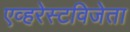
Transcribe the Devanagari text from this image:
एव्हरेस्टविजेता